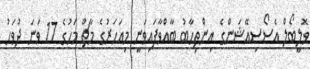
ވޮލީބޯލް އެސޯސިއޭޝަންގެ އިންތިހާބު ބާއްވާފައިވަނީ މިއަހަރުގެ މާޗް މަހުގެ 17 ވަނަ ދުވަހު